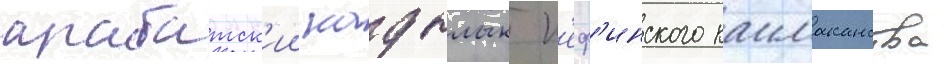
арабатск'ии кадылык к'еф'инского каимаканства